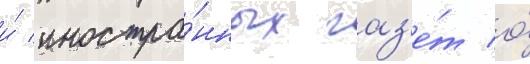
и́ иностра́нных газ'е́т о́